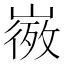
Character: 𭗒